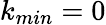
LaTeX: k_{min}=0